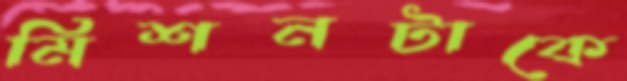
মিশনটাকে